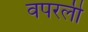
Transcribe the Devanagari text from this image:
वपरली